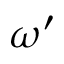
\omega ^ { \prime }